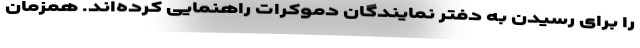
را برای رسیدن به دفتر نمایندگان دموکرات راهنمایی کرده‌اند. همزمان